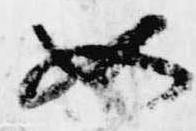
如